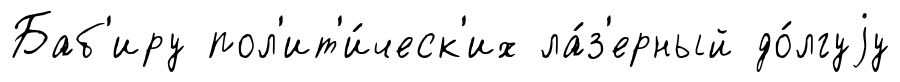
Баб'иру пол'ит'и́ческ'их ла́з'ерный до́лгуjу